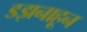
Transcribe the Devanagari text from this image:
डझनाहून